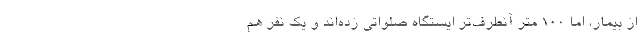
از بیمار، اما 100 متر آنطرف‌تر ایستگاه صلواتی زده‌اند و یک نفر هم